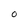
Character: O